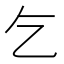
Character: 乞